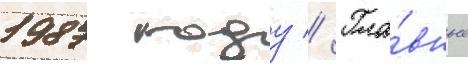
1987 году // Гла́вные